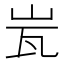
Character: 𭖋